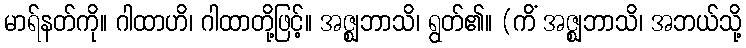
မာရ်နတ်ကို။ ဂါထာဟိ၊ ဂါထာတို့ဖြင့်။ အဇ္ဈဘာသိ၊ ရွတ်၏။ (ကိံ အဇ္ဈဘာသိ၊ အဘယ်သို့